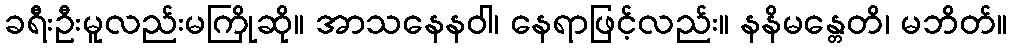
ခရီးဦးမူလည်းမကြိုဆို။ အာသနေနဝါ၊ နေရာဖြင့်လည်း။ နနိမန္တေတိ၊ မဘိတ်။